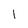
Character: l